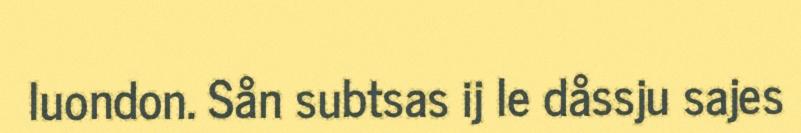
luondon. Sån subtsas ij le dåssju sajes